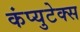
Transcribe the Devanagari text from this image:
कंप्युटेक्स